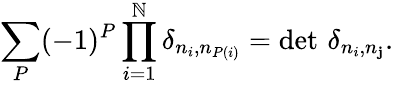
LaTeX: \sum_{P}(-1)^{P}\prod_{i=1}^{\mathbb{N}}\delta_{n_{i},n_{P(i)}}=\operatorname*{det}\, \delta_{n_{i},n_{\mathbf{j}}}.